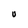
Character: U